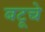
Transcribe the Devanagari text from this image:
बटूचे